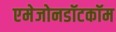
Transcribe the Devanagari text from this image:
एमेजोनडॉटकॉम